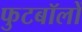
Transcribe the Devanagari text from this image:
फुटबॉलों